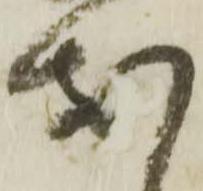
お